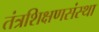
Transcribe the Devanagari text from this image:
तंत्रशिक्षणसंस्था